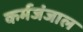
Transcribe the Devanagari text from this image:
कर्मजंजाल